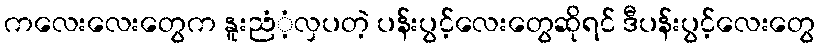
ကလေးလေးတွေက နူးညံံ့လှပတဲ့ ပန်းပွင့်လေးတွေဆိုရင် ဒီပန်းပွင့်လေးတွေ